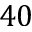
4 0